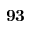
\mathbf { 9 3 }